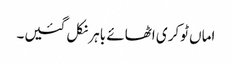
اماں ٹوکری اٹھائے باہر نکل گئیں۔